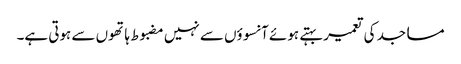
مساجد کی تعمیر بہتے ہوئے آنسوؤں سے نہیں مضبوط ہاتھوں سے ہوتی ہے۔